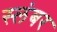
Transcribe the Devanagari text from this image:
स्लंबर